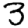
Digit: 3